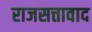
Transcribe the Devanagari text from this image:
राजसत्तावाद